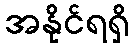
အနိုင်ရရှိ